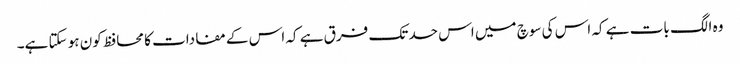
وہ الگ بات ہے کہ اس کی سوچ میں اس حد تک فرق ہے کہ اس کے مفادات کا محافظ کون ہو سکتا ہے۔